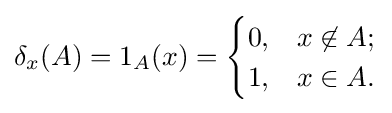
\delta _{x}(A)=1_{A}(x)={\begin{cases}0,&x\not \in A;\\1,&x\in A.\end{cases}}